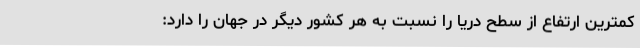
کمترین ارتفاع از سطح دریا را نسبت به هر کشور دیگر در جهان را دارد: